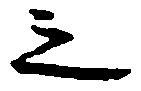
之